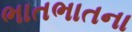
ભાતભાતના